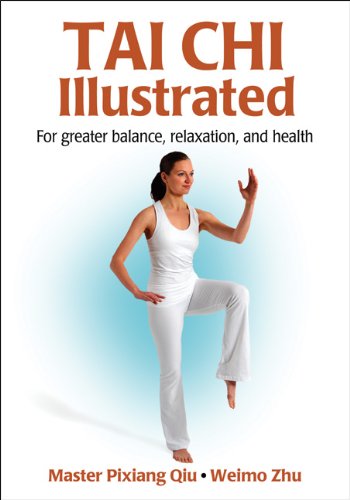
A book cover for Tai Chi Illustrated; Master Pixiang Qiu; Health, Fitness & Dieting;